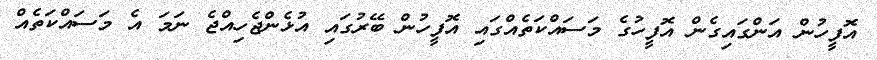
އޮފީހުން އަންގައިގެން އޮފީހުގެ މަސައްކަތެއްގައި އޮފީހުން ބޭރުގައި އުޅެންޖެހިއްޖެ ނަމަ އެ މަސައްކަތެއް